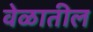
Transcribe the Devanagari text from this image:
वेळातील